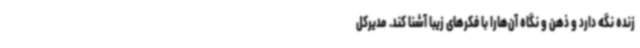
زنده نگه دارد و ذهن و نگاه آن‌هارا با فکرهای زیبا آشنا کند. مدیرکل